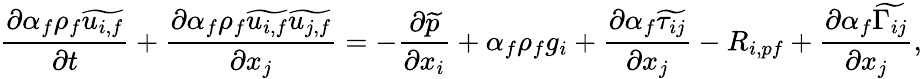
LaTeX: \frac{\partial\alpha_{f}\rho_{f}\widetilde{u_{i,f}}}{\partial t}+\frac{\partial\alpha_{f}\rho_{f}\widetilde{u_{i,f}}\widetilde{u_{j,f}}}{\partial x_{j}}=-\frac{\partial\widetilde{p}}{\partial x_{i}}+\alpha_{f}\rho_{f}g_{i}+\frac{\partial\alpha_{f}\widetilde{\tau_{ij}}}{\partial x_{j}}-R_{i,pf}+\frac{\partial\alpha_{f}\widetilde{\Gamma_{ij}}}{\partial x_{j}},